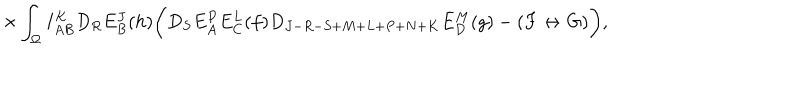
LaTeX: \times \int _ { \Omega } I _ { A B } ^ { K } D _ { R } E _ { B } ^ { J } ( h ) \biggl ( D _ { S } E _ { A } ^ { P } E _ { C } ^ { L } ( f ) D _ { J - R - S + M + L + P + N + K } E _ { D } ^ { M } ( g ) - ( F \leftrightarrow G ) \biggr ) ,